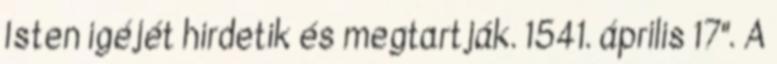
Isten igéjét hirdetik és megtartják. 1541. április 17". A